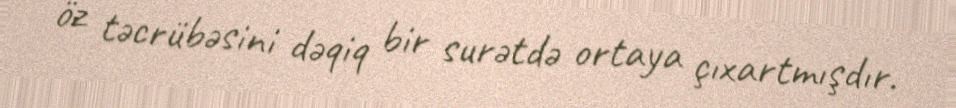
öz təcrübəsini dəqiq bir surətdə ortaya çıxartmışdır.